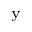
_ \textrm { y }